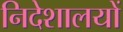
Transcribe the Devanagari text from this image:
निदेशालयों